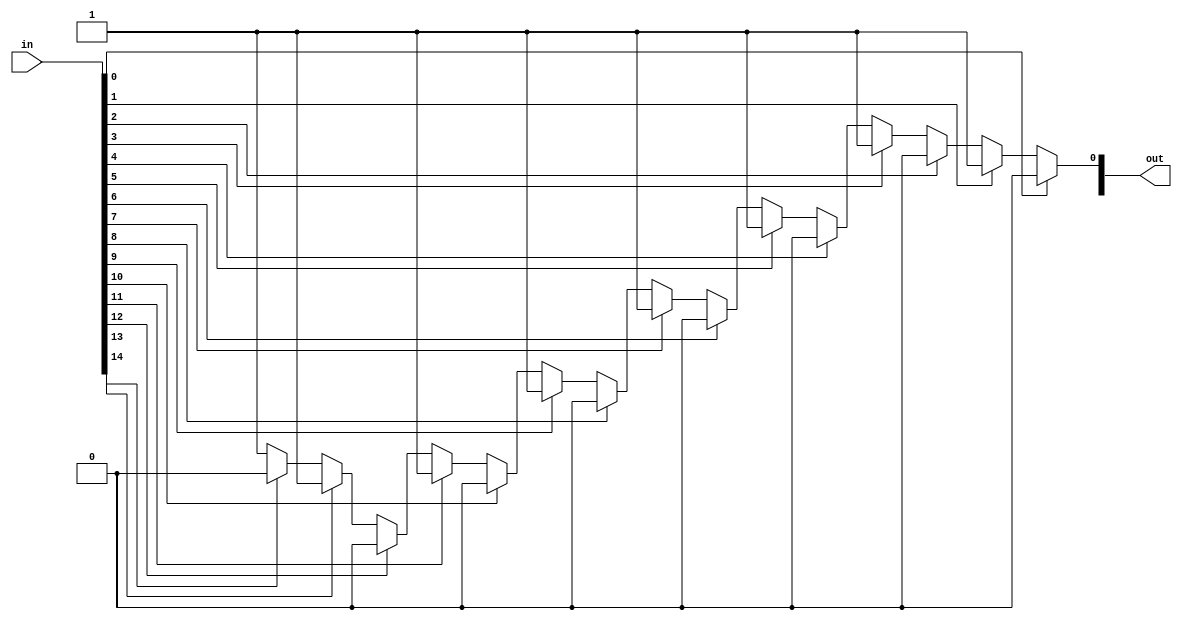
`timescale 1ns / 1ps
//////////////////////////////////////////////////////////////////////////////////
// Company: 
// Engineer: 
// 
// Design Name: 
// Module Name: encoder_16_4
// Project Name: 
// Target Devices: 
// Tool Versions: 
// Description: 
// 
// Dependencies: 
// 
// Revision:
// Revision 0.01 - File Created
// Additional Comments:
// 
//////////////////////////////////////////////////////////////////////////////////


module encoder_16_4(
    input wire[15:0] in,
    output wire[3:0] out
    );

    assign out[0]=in[0]?0:
                  in[1]?1:
                  in[2]?2:
                  in[3]?3:
                  in[4]?4:
                  in[5]?5:
                  in[6]?6:
                  in[7]?7:
                  in[8]?8:
                  in[9]?9:
                  in[10]?10:
                  in[11]?11:
                  in[12]?12:
                  in[13]?13:
                  in[14]?14:
                  in[15]?15:
                  15;
endmodule